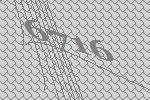
6716